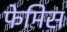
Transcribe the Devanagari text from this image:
फेमिस